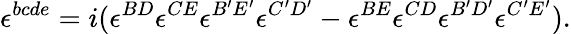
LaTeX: \epsilon^{bcde}=i(\epsilon^{BD}\epsilon^{CE}\epsilon^{B^{\prime}E^{\prime}}\epsilon^{C^{\prime}D^{\prime}}-\epsilon^{BE}\epsilon^{CD}\epsilon^{B^{\prime}D^{\prime}}\epsilon^{C^{\prime}E^{\prime}}).